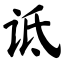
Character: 诋